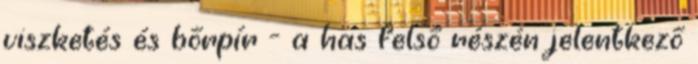
viszketés és bőrpír - a has felső részén jelentkező